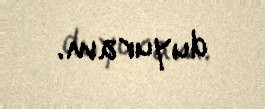
duyuram.